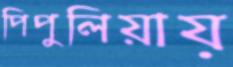
পিপুলিয়ায়